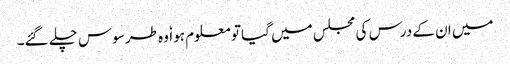
میں ان کے درس کی مجلس میں گیا تو معلوم ہوا ٗ وہ طرسوس چلے گئے۔